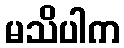
မသိပါက